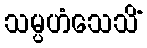
သမ္ပဟံသေသိံ